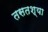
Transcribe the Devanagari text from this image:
तसतश्या